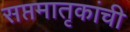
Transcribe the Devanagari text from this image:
सप्तमातृकांची